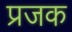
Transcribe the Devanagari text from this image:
प्रजक